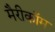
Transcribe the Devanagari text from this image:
मैरीकॉम